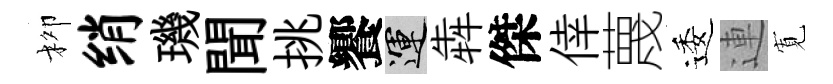
柳绡璣聞挑饗運犇傑倖蔑逶連𡩖